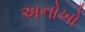
અનોખો